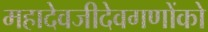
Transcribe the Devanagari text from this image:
महादेवजीदेवगणोंको